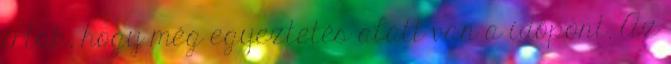
írták, hogy még egyeztetés alatt van a időpont. Az